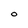
Character: O